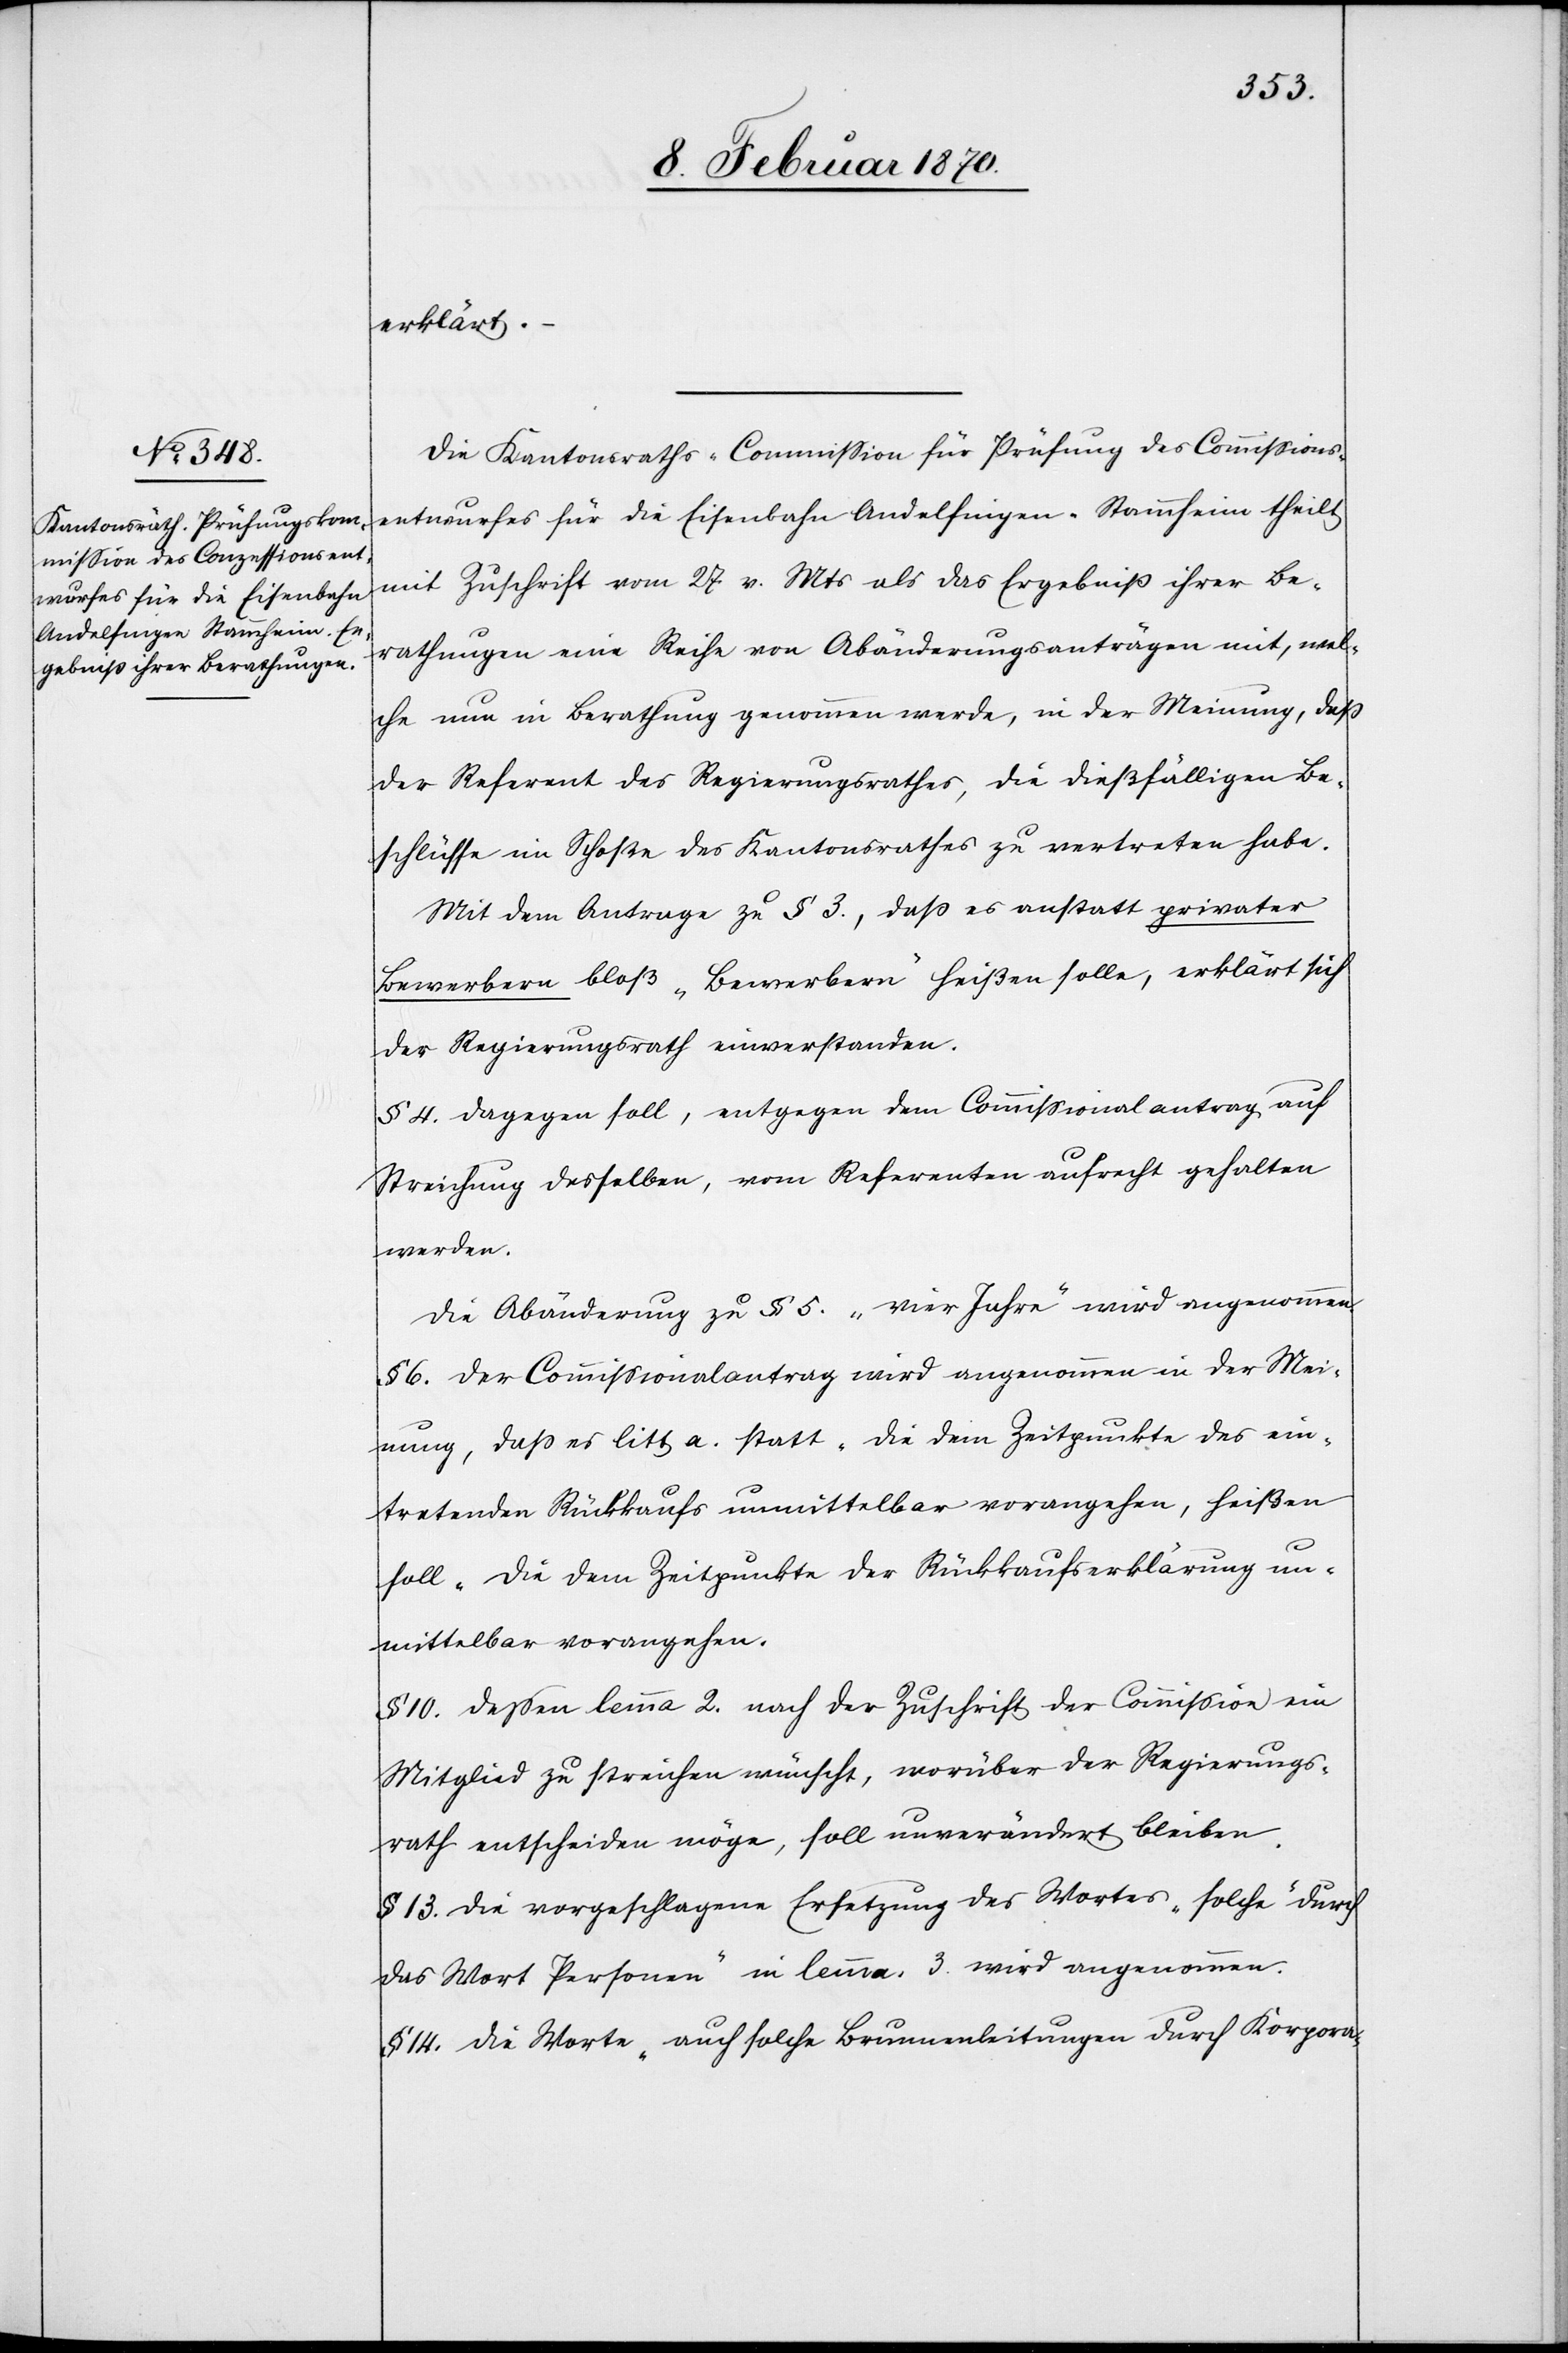
erklärt.
Die Kantonsraths-Commission für Prüfung des Comissions¬
entwurfes für die Eisenbahn Andelfingen–Stammheim theilt
mit Zuschrift vom 27. v. Mts als das Ergebniß ihrer Be¬
rathungen eine Reihe von Abänderungsanträgen mit, wel¬
che nun in Berathung genommen werde, in der Meinung, dass
der Referent des Regierungsrathes, die dießfälligen Be¬
schlüsse im Schoße des Kantonsrathes zu vertreten habe.
Mit dem Antrage zu § 3., dass es anstatt privater
Bewerbern bloß „Bewerbern“ heißen solle, erklärt sich
der Regierungsrath einverstanden.
§ 4. Dagegen soll, entgegen dem Commissionalantrag auf
Streichung desselben, vom Referenten aufrecht gehalten
werden.
Die Abänderung zu § 5. „vier Jahre“ wird angenommen.
§ 6. Der Commissionalantrag wird angenommen in der Mei¬
nung, dass es litt a. statt „die dem Zeitpunkte des ein¬
tretenden Rückkaufs unmittelbar vorangehen“, heißen
soll „die dem Zeitpunkte der Rückkaufserklärung un¬
mittelbar vorangehen“.
§ 10 dessen lemma 2. nach der Zuschrift der Commission ein
Mitglied zu streichen wünscht, worüber der Regierungs¬
rath entscheiden möge, soll unverändert bleiben.
§ 13. Die vorgeschlagene Ersetzung des Wortes „solche“ durch
das Wort „Personen“ in lemma. 3. wird angenommen.
§ 14. Die Worte „auch solche Brunnenleitungen durch Korpora-